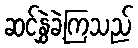
ဆင်နွှဲခဲ့ကြသည်